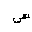
Letter: _sin